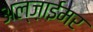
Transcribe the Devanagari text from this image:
अल्ज़ाईमर